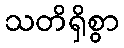
သတိရှိစွာ